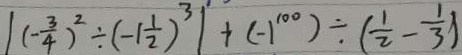
\vert ( - \frac { 3 } { 4 } ) ^ { 2 } \div ( - 1 \frac { 1 } { 2 } ) ^ { 3 } \vert + ( - 1 ^ { 1 0 0 } ) \div ( \frac { 1 } { 2 } - \frac { 1 } { 3 } )